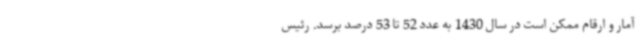
آمار و ارقام ممکن است در سال 1430 به عدد 52 تا 53 درصد برسد. رئیس